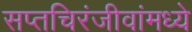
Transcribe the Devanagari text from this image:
सप्तचिरंजीवांमध्ये